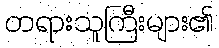
တရားသူကြီးများ၏